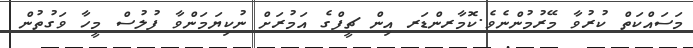
މަސައްކަތް ކުރުވާ މޭރުމުންނެވެ.ކޮމާރންޑަރ އިން ޗީފްގެ އަމުރަށް ނުކިޔަމަންވާ ފުލުސް މީހާ ވަގުތުން